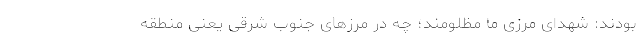
بودند: شهدای مرزی ما مظلومند؛ چه در مرزهای جنوب شرقی یعنی منطقه‌